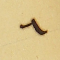
٦